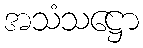
အသံသဋ္ဌော